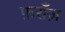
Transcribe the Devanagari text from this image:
फ़राँज़